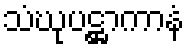
သံဃုပဋ္ဌာကာနံ